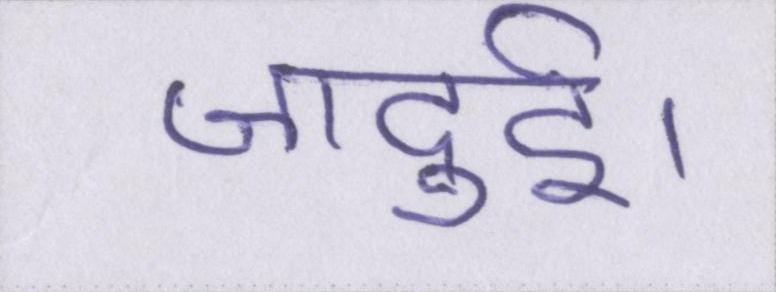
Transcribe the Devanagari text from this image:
जादुई।